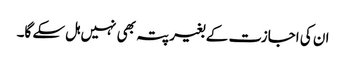
ان کی اجازت کے بغیر پتہ بھی نہیں ہل سکے گا۔